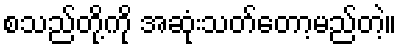
စသည်တို့ကို အဆုံးသတ်တော့မည်တဲ့။